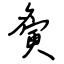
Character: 夤